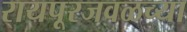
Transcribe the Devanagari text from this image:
रायपूरजवळच्या